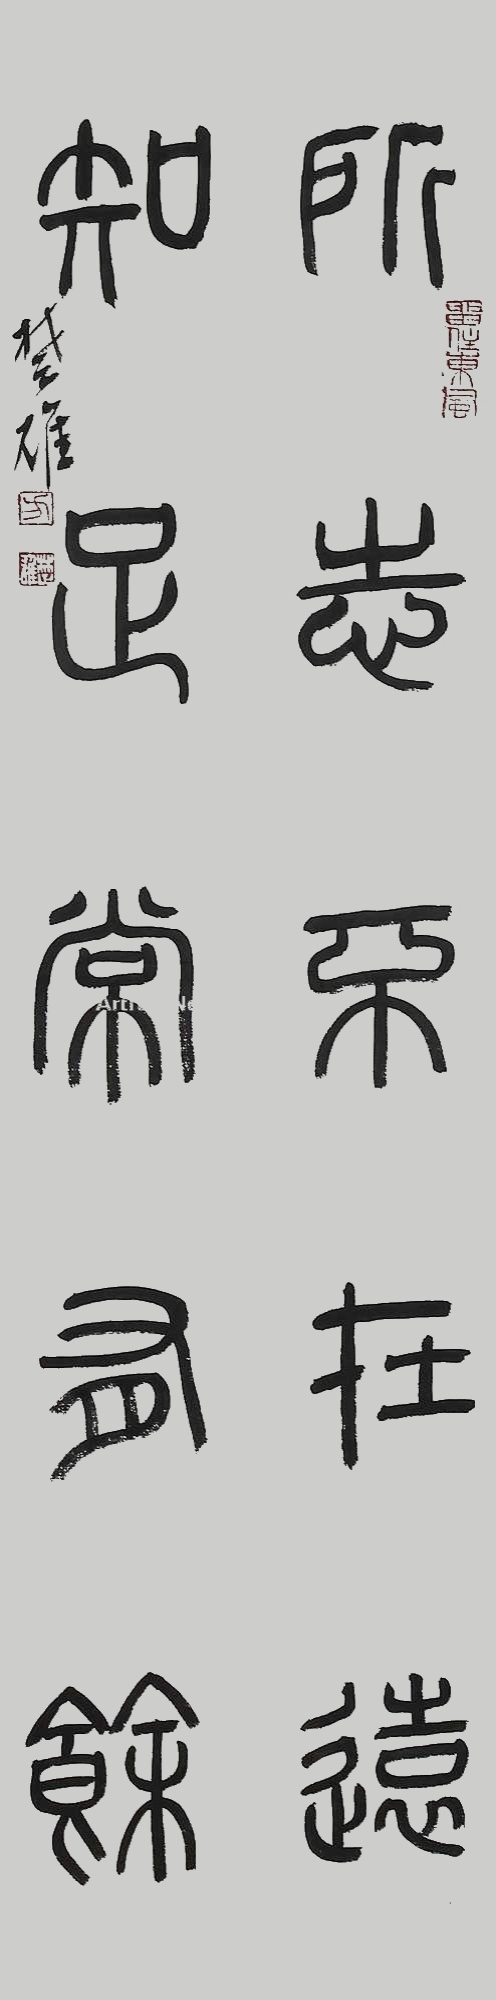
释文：所志不在远，知足常有余。楚雄。